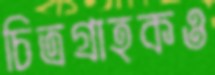
চিত্রগ্রাহকও